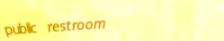
public restroom